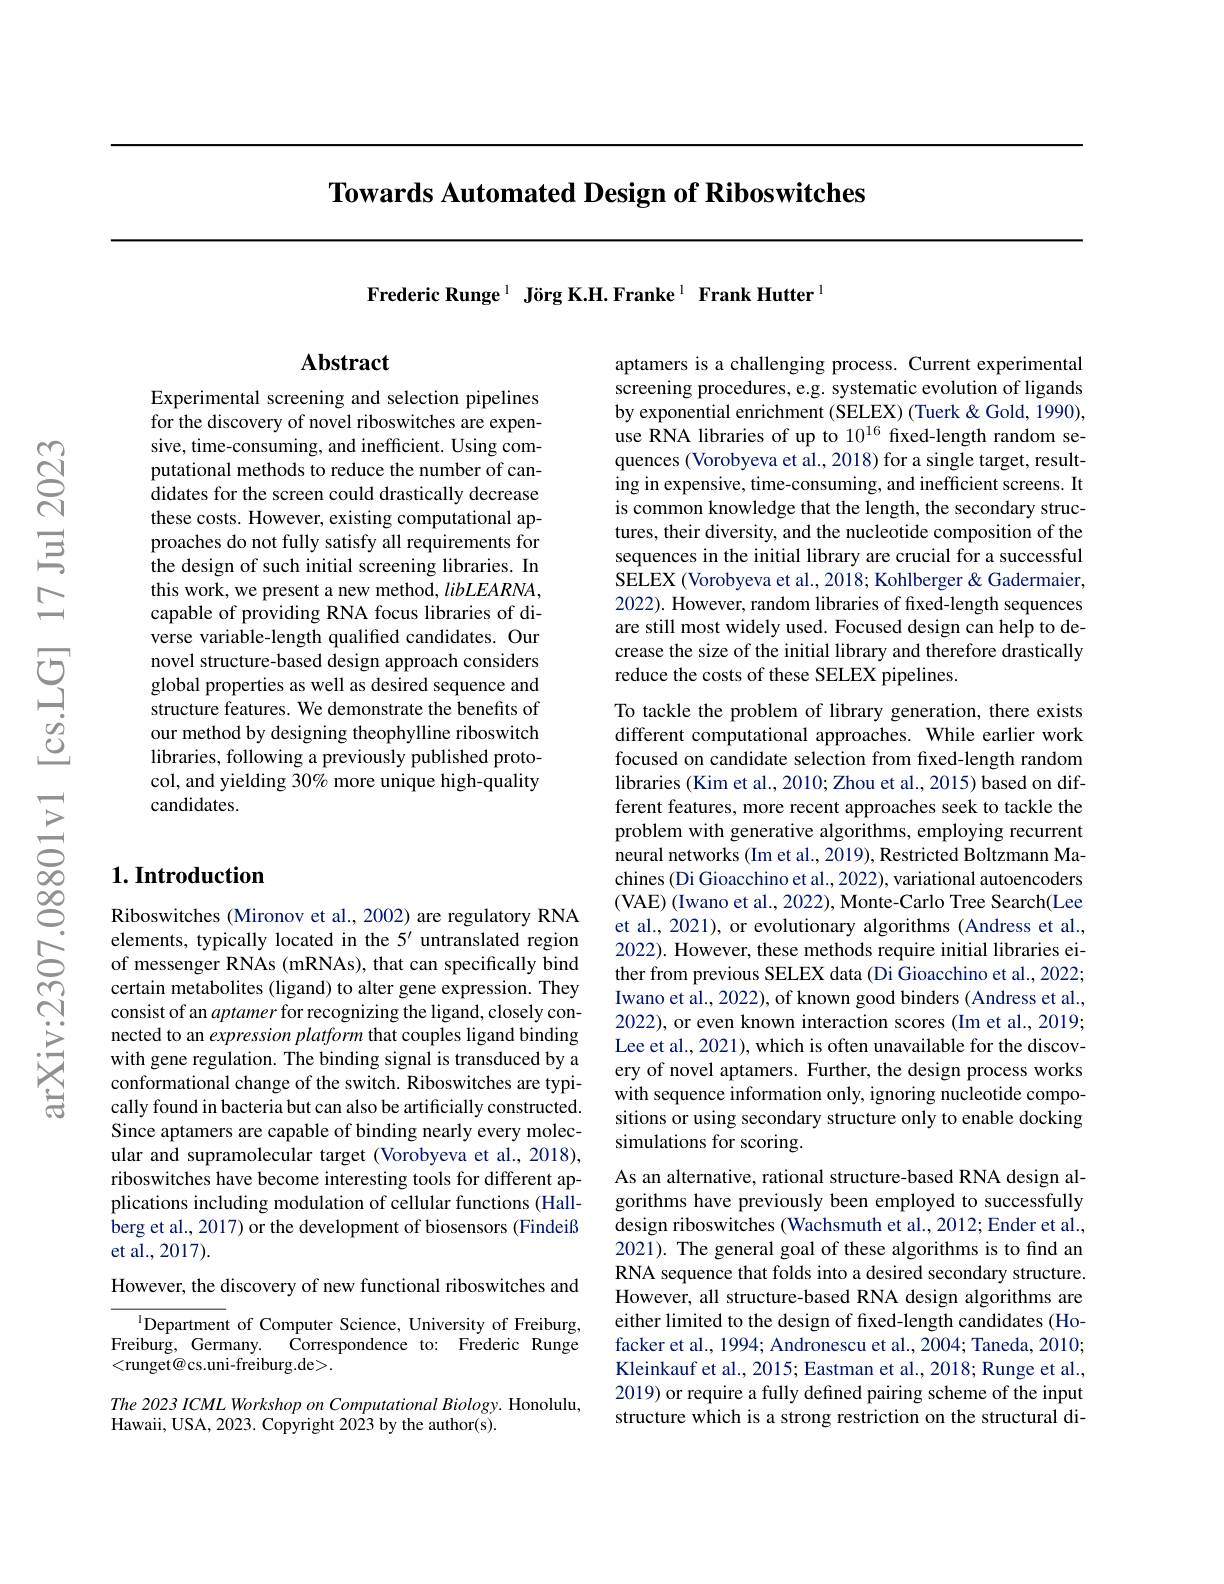
Towards Automated Design of Riboswitches

Frederic Runge$^{1}$ Jörg K.H.Franke$^{1}$ Frank Hutter$^{1}$

## $\mathbf{Abstract}$

Experimental screening and selection pipelines for the discovery of novel riboswitches are expensive, time-consuming, and inefficient. Using computational methods to reduce the number of candidates for the screen could drastically decrease these costs. However, existing computational approaches do not fully satisfy all requirements for the design of such initial screening libraries. In this work, we present a new method, libLEARNA, capable of providing RNA focus libraries of diverse variable-length qualified candidates. Our novel structure-based design approach considers global properties as well as desired sequence and structure features. We demonstrate the benefits of our method by designing theophylline riboswitch libraries, following a previously published protocol, and yielding 30% more unique high-quality candidates.

## $1. \textbf{Introduction}$

Riboswitches (Mironov et al., 2002) are regulatory RNA elements, typically located in the 5' untranslated region of messenger RNAs (mRNAs), that can specifically bind certain metabolites (ligand) to alter gene expression. They consist of an aptamer for recognizing the ligand, closely connected to an expression platform that couples ligand binding with gene regulation. The binding signal is transduced by a conformational change of the switch. Riboswitches are typically found in bacteria but can also be artificially constructed. Since aptamers are capable of binding nearly every molecular and supramolecular target (Vorobyeva et al., 2018), riboswitches have become interesting tools for different applications including modulation of cellular functions (Hallberg et al., 2017) or the development of biosensors (Findeiß et al., 2017).

However, the discovery of new functional riboswitches and

$^{\mathrm{l}}$Department of Computer Science, University of Freiburg, Freiburg, Germany. Correspondence to: Frederic Runge <runget@cs.uni-freiburg.de>.

The 2023 ICML Workshop on Computational Biology. Honolulu,
Hawaii, USA, 2023. Copyright 2023 by the author(s).

aptamers is a challenging process. Current experimental screening procedures, e.g. systematic evolution of ligands by exponential enrichment (SELEX) (Tuerk &Gold, 1990), use RNA libraries of up to 10$^{16}$ fixed-length random sequences (Vorobyeva et al., 2018) for a single target, resulting in expensive, time-consuming, and inefficient screens. It is common knowledge that the length, the secondary structures, their diversity, and the nucleotide composition of the sequences in the initial library are crucial for a successful SELEX (Vorobyeva et al., 2018; Kohlberger & Gadermaier, 2022). However, random libraries of frxed-length sequences are still most widely used. Focused design can help to decrease the size of the initial library and therefore drastically reduce the costs of these SELEX pipelines.

To tackle the problem of library generation, there exists different computational approaches. While earlier work focused on candidate selection from from fixed-length random libraries (Kim et al., 2010; Zhou et al., 2015) based on different features, more recent approaches seek to tackle the problem with generative algorithms, employing recurrent neural networks (Im et al., 2019), Restricted Boltzmann Machines (Di Gioacchino et al., 2022), variational autoencoders (VAE) (Iwano et al., 2022), Monte-Carlo Tree Search(Lee et al., 2021), or evolutionary algorithms (Andress et al., 2022). However, these methods require initial libraries either from previous SELEX data (Di Gioacchino et al., 2022; Iwano et al., 2022), of known good binders (Andress et al., 2022), or even known interaction scores (Im et al., 2019; Lee et al., 2021), which is often unavailable for the discovery of novel aptamers. Further, the design process works with sequence information only, ignoring nucleotide compositions or using secondary structure only to enable docking simulations for scoring.
As an alternative, rational structure-based RNA design algorithms have previously been employed to successfully

design riboswitches (Wachsmuth et al., 2012; Ender et al., 2021). The general goal of these algorithms is to find an RNA sequence that folds into a desired secondary structure. However, all structure-based RNA design algorithms are either limited to the design of fixed-length candidates (Hofacker et al., 1994; Andronescu et al., 2004; Taneda, 2010; Kleinkauf et al., 2015; Eastman et al., 2018; Runge et al., 2019) or require a fully defined pairing scheme of the input structure which is a strong restriction on the structural di-